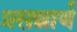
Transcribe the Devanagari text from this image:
प्रसन्नार्थ